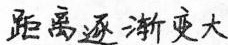
距离逐渐变大